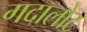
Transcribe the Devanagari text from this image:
गदालोट